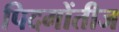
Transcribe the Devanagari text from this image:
पिदमोंतीज